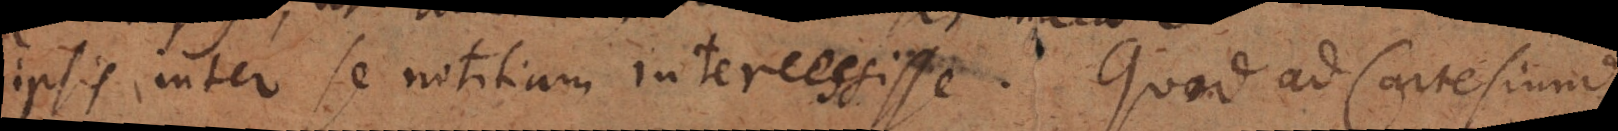
ipsis inter se notitiam intercessisse. Quod ad Cartesium